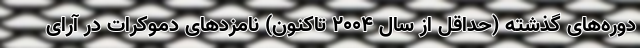
دوره‌های گذشته (حداقل از سال ۲۰۰۴ تاکنون) نامزدهای دموکرات در آرای